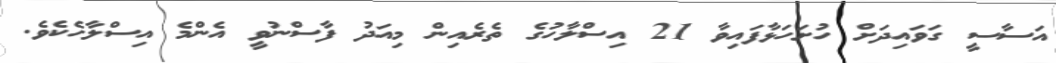
އަސާސީ ގަވައިދަށް ހުށަހަޅާފައިވާ 21 އިސްލާހުގެ ތެރެއިން މިއަދު ފާސްނުވީ އެންމެ އިސްލާހެކެވެ.